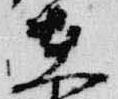
在